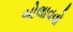
બોલાવવો